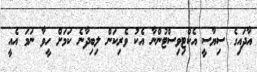
އާދައިގެ ސިޔާސީ އެކްޓިވިސްޓުންނާ އެކު ވެރިކަން ލިބިދާނެ ކަމަށް ހީވާ ނަމަ އެއީ